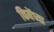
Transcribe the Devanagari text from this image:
किबेंच्या